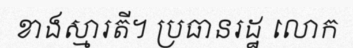
ខាងស្មារតី។ ប្រធានរដ្ឋ លោក